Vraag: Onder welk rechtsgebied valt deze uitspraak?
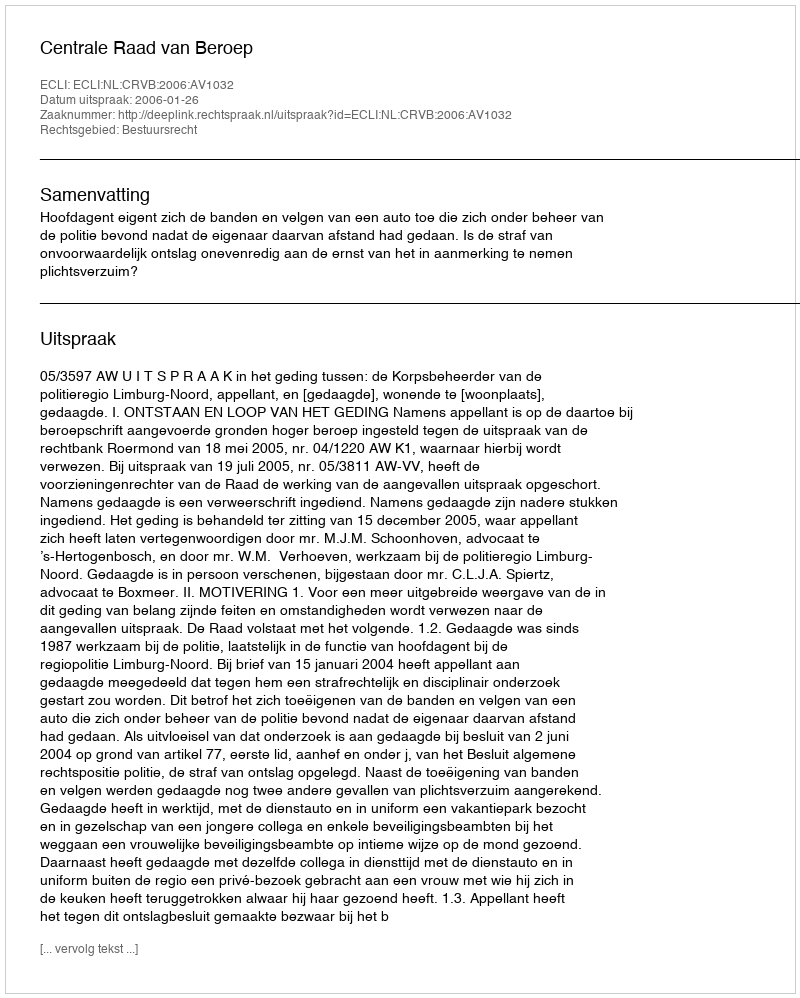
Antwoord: Bestuursrecht